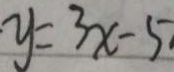
y = 3 x - 5 .